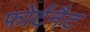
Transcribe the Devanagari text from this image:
फोर्टनैट